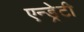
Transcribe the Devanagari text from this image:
एन्ड्रेटी